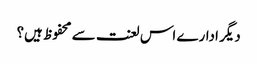
دیگر ادارے اس لعنت سے محفوظ ہیں؟